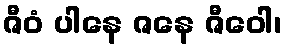
ဇီဝံ ပါနေ ဇနေ ဇီဝေါ၊